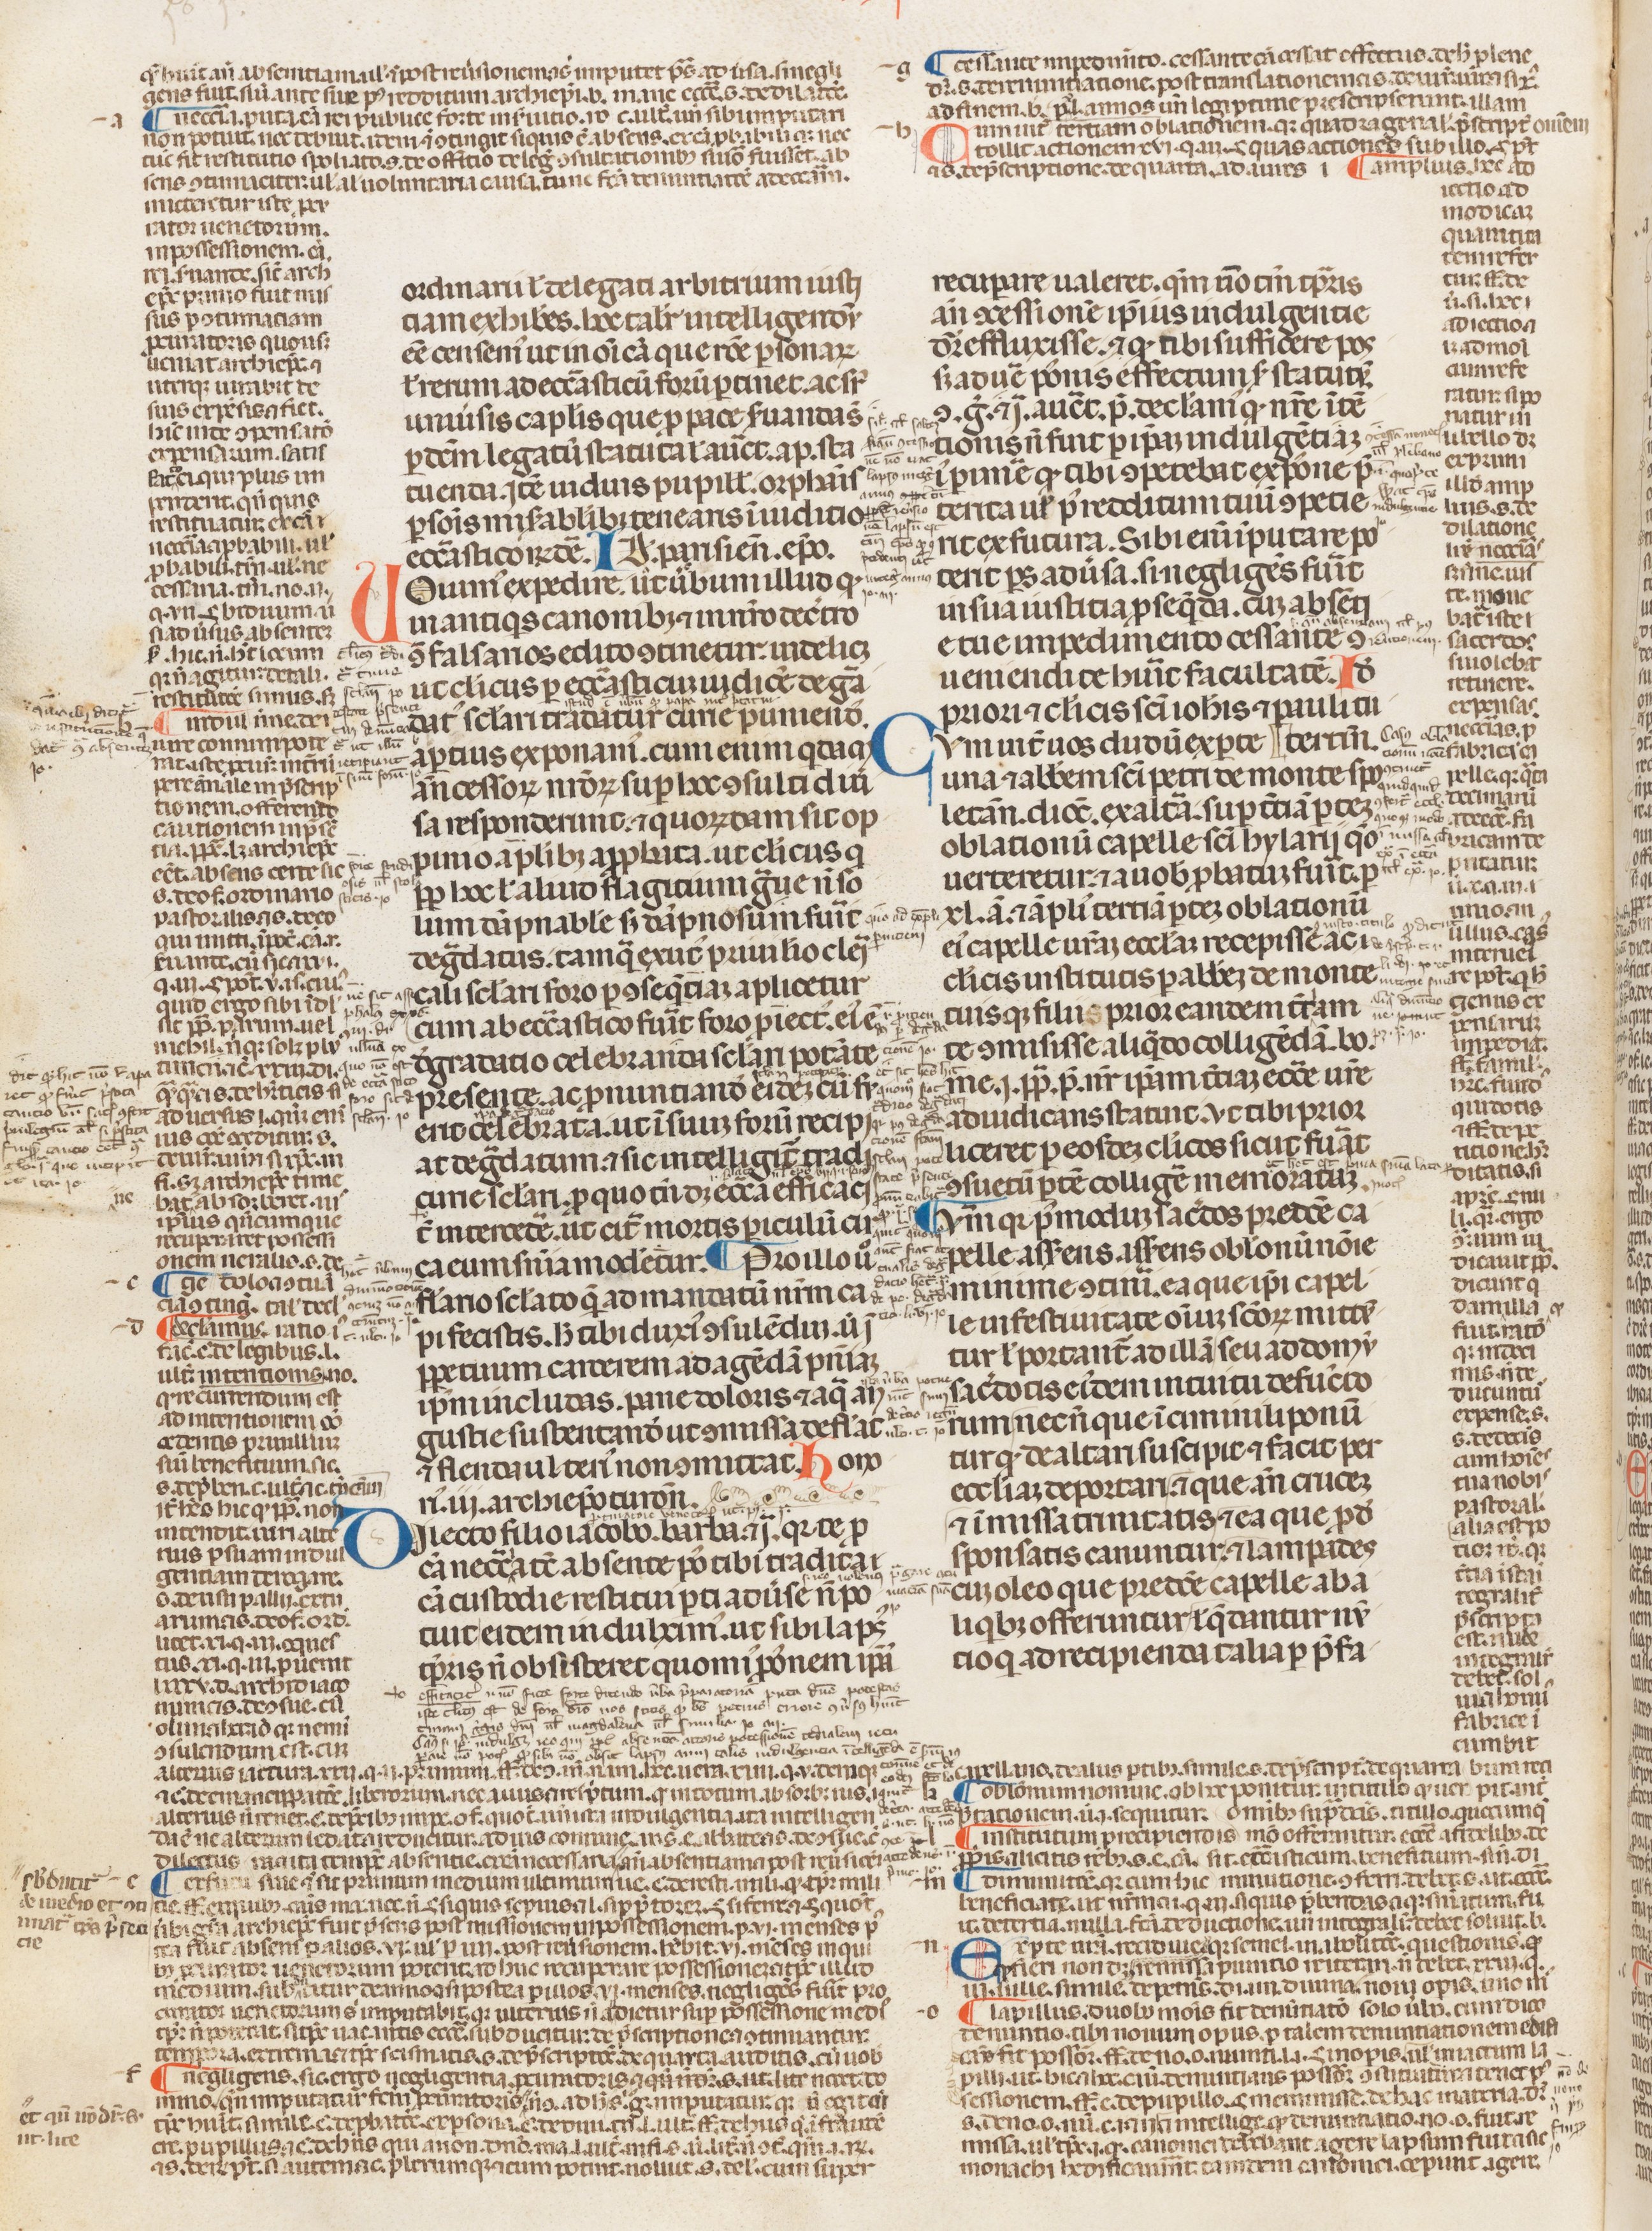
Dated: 1250–1399